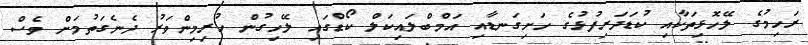
ރަހިމުގެ ލޭހޮޅިތަކާއި ކުޑަދަރިފުޅުގެ ހަށިގަނޑާއި އަމްބްލައިކަލް ކޯޑްގައި ލޭހިގުން ހުރިމިންވަރު ދެނެގަތުމަށް ވެސް